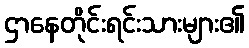
ဌာနေတိုင်းရင်းသားများ၏